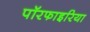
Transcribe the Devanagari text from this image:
पॉरफाइरिया